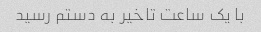
با یک ساعت تاخیر به دستم رسید